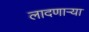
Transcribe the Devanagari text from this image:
लादणाऱ्या